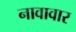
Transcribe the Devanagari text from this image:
नावावार